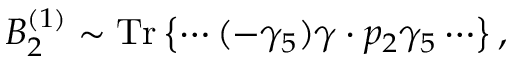
{ \cal B } _ { 2 } ^ { ( 1 ) } \sim \mathrm { T r } \left\{ \cdots ( - \gamma _ { 5 } ) \gamma \cdot p _ { 2 } \gamma _ { 5 } \cdots \right\} ,